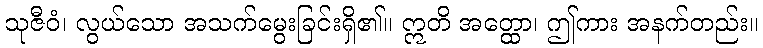
သုဇီဝံ၊ လွယ်သော အသက်မွေးခြင်းရှိ၏။ ဣတိ အတ္ထော၊ ဤကား အနက်တည်း။